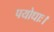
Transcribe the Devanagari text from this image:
पयोधाः।